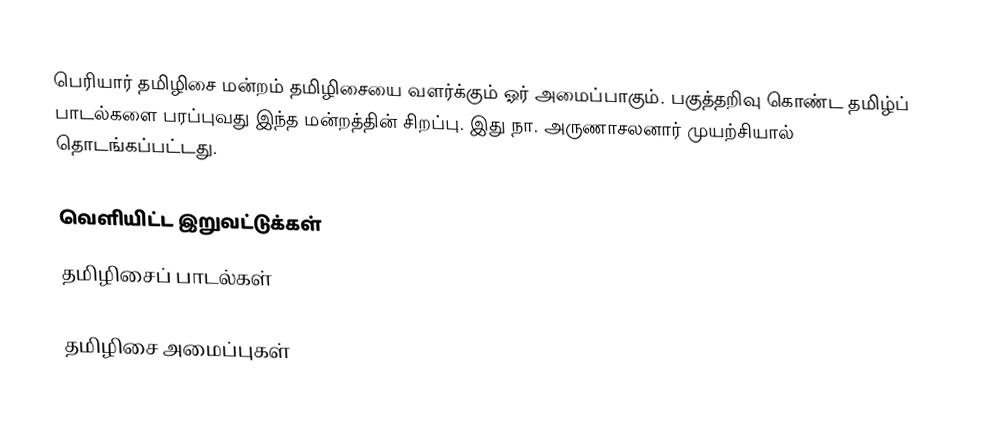
பெரியார் தமிழிசை மன்றம் தமிழிசையை வளர்க்கும் ஓர் அமைப்பாகும்.  பகுத்தறிவு கொண்ட தமிழ்ப் பாடல்களை பரப்புவது இந்த மன்றத்தின் சிறப்பு.  இது நா. அருணாசலனார் முயற்சியால் தொடங்கப்பட்டது.

வெளியிட்ட இறுவட்டுக்கள்
 தமிழிசைப் பாடல்கள்

தமிழிசை அமைப்புகள்